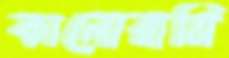
কালোরাত্রি